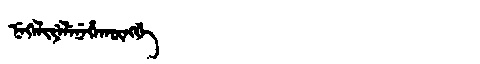
Manchu: ᠨᡝᡴᡝᠯᡳᠶᡝᠯᡝᠨᡝᡥᠠᡴᡡᠩᡤᡝ
Romanization: NEKELIYELENEHAKŪNGGE